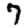
Digit: 7